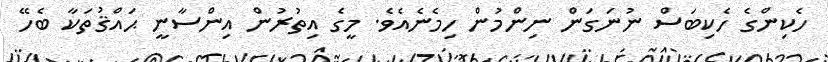
ހެކިންގެ ހެކިބަސް ނުނަގަން ނިންމުން ހިމެނެއެވެ. މީގެ އިތުރުން އިންސާނީ ޙައްޤުތަކާ ބެހޭ